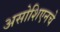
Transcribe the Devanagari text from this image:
असोशिएनचे